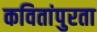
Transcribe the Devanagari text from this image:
कवितांपुरता